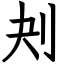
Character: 刔